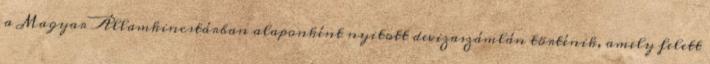
a Magyar Államkincstárban alaponként nyitott devizaszámlán történik, amely felett